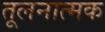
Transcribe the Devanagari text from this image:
तूलनात्मक